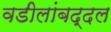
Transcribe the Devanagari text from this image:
वडीलांबद्दल